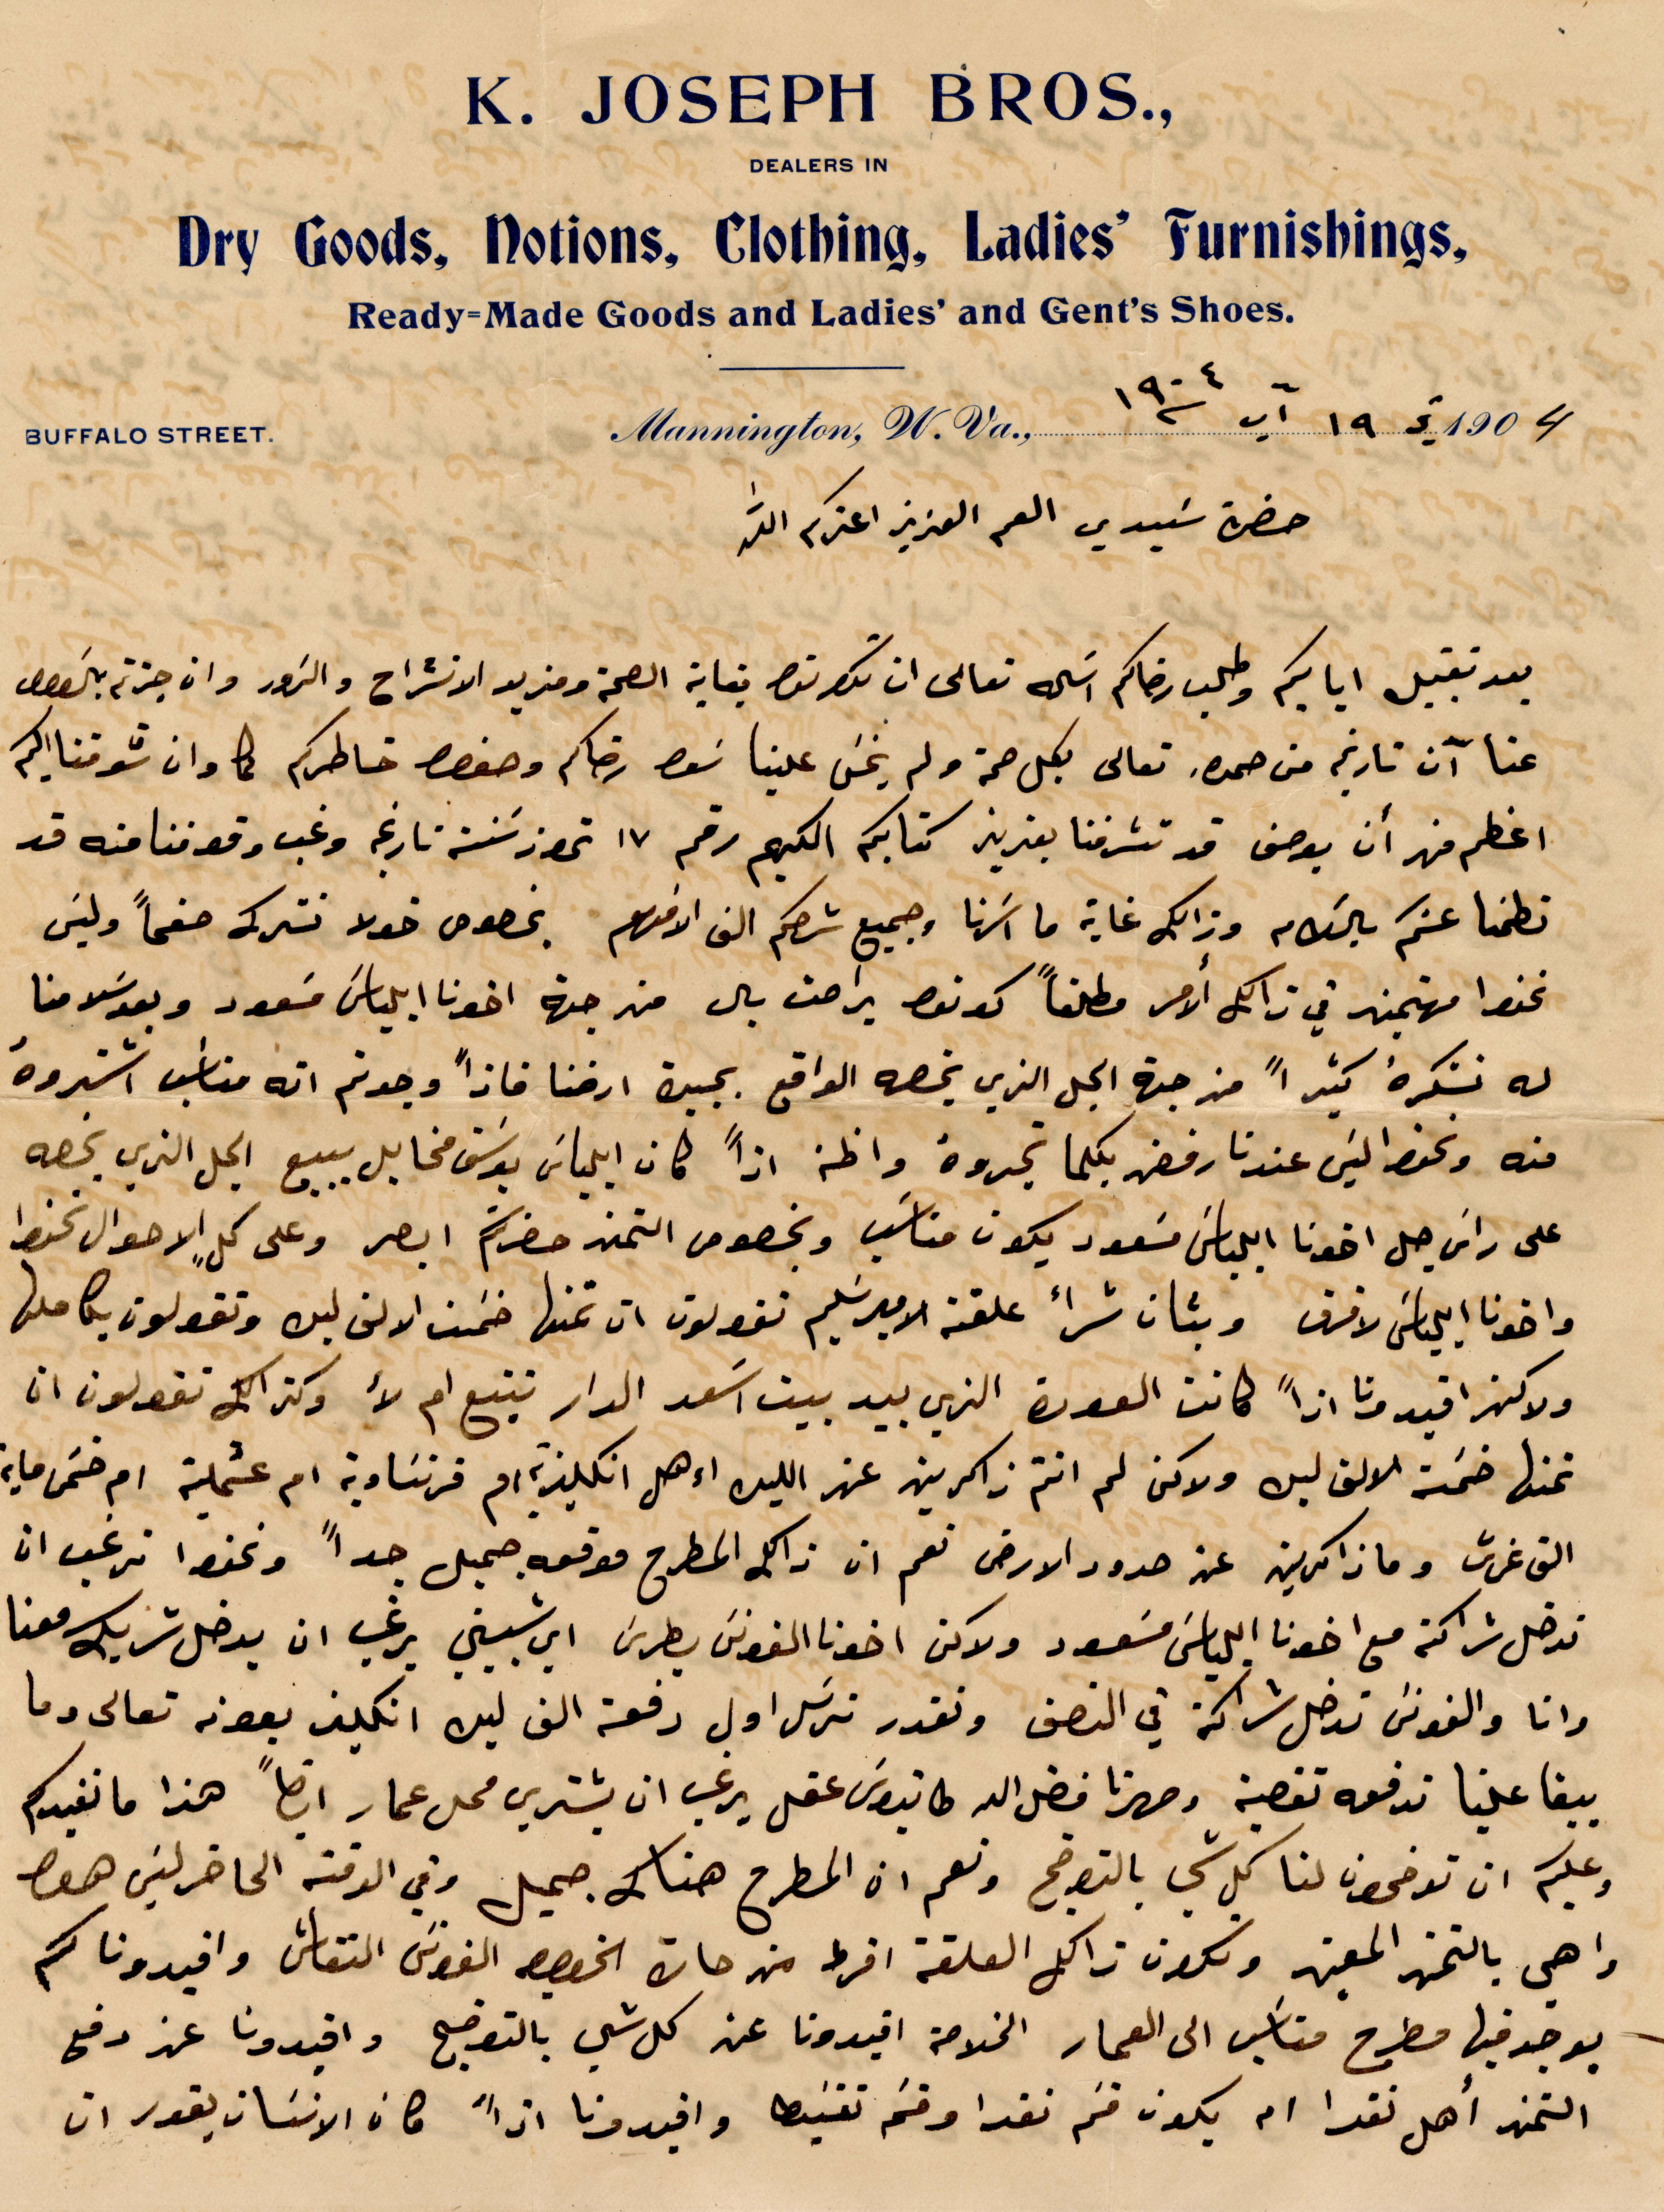
حضرة سيدي العم العزيز اعزكم الله
بعد تقبيل اياديكم وطلب رضاكم اساله تعالى ان تكونو بعناية الصحة ومزيد الانشراح والزور وان %%
عنا آن تاريخ من %% تعالى لكل صحة ولم يخشى علينا %% رضاكم وحفظ خاطركم كما وان شوقنا اليكم
اعظم منهم ان يوصف قد تشرفنا بعزيز كتابكم اليكم رقم ١٧ تموز سنة تاريخه وغب وقوفنا منه قد
تطمنا عنكم بالسلام وذلك غاية ما اسرنا وجميع شرحك الف الافهم بخصوص خولا نشركه صفحًا وليس
نحفظ مهتمين في ذلك الأمر مطلقًا كونو براحت بال من جهة اخونا ايلياس مسعود وبعد سلامنا
له نشكره كثيرًا من جهة الجل الذي يخضه الواقع بجنب ارضنا فاضًا وجدتم انه مناسب اشتروه
منه ونحنو ليس عندنا رفض بكلما تدوه واطن اذًا كان ايلياس يوسف مخايل يبيع الجل الذي يخصه
على راس جل اخونا ايلياس مسعود يكون مناسب وبخصوص التمن حضرتكم ابصر وعلى كل الأحوال نحفظ
واخونا ايلياس لا فرق وبتان شراء علقنة الأمير سليم تقولون ان تمنها خمسة الاف ايره وتقولون بكاملها
ولاكتر افيدونا اذًا كانت العودة الذي بيد اسعد الدار تتبع ام لأ وكذلك تقولون ان
تمنها خمسة الاف ايره لم انتم ذاكرين عنه الليل اءهل انكليزيو ام فرنساوية ام عثملية ام خمس ماية
الف غرش وماذاكرين عن حدود الأرض تعمم ان ذلك المطرح موقعه جميل جدًا ونحنو نرغب ان
ندخل شراطة مع اخونا ايلياس مسعود ولاكن اخونا الفونس بطرس أي شبيني يرغب ان يدخل شريك معنا
وانا والفونس ندخل شراكة في النصف ونقدر نرسل اول دفعة الف ليره انكليز بعونه تعالى وما
يبقا علينا ندفعه %% وصهرنا فضل الله طانيوس عقل يرغب ان يشتري محل عمار ايضًا هذا ما نفيدكم
وعليكم ان توضحون لنا كل شي بالتوضيح ونعم ان المطرح هناك جميل وفي الوقت الحاضر ليس هنا
واهي %% ونكون ذالك العلقة افرط من حات الخصوص الفونس النقاش وافيدونا كم
يوجد فيها مطرح مناسب الى العمار الخلاصه افيدونا عن كل شي بالتوضيح وافيدونا عن دفع
التمن اهل نقدا ام يكون قسم نقدا وقسم تقسيطا وافيدونا اذًا كان الانسان يقدر ان